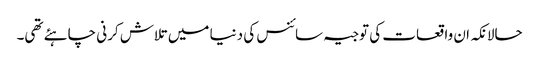
حالانکہ ان واقعات کی توجیہ سائنس کی دنیا میں تلاش کرنی چاہئے تھی۔